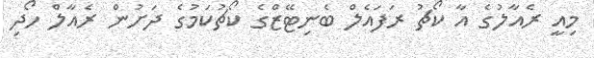
މިއީ ރެއާލުގެ އާ ކޯޗު ރަފައެލް ބެނިޓޭޒްގެ ކޯޗުކަމުގެ ދަށުން ރެއާލް ހޯދި